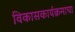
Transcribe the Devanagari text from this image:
विकासकार्यक्रमाचा